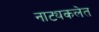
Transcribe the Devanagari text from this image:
नाट्यकलेत